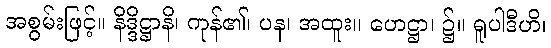
အစွမ်းဖြင့်။ နိဒ္ဒိဋ္ဌာနိ၊ ကုန်၏၊ ပန၊ အထူး။ ဟေဋ္ဌာ၊ ၌။ ရူပါဒီဟိ၊